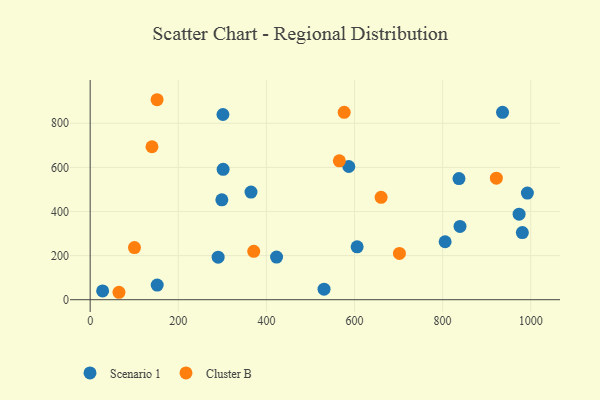
{"axis": {"x": "Price", "y": "Fuel Efficiency"}, "legend": ["Cluster B", "Scenario 1"], "data": [{"x": "290.5", "y": 192.9, "type": "Scenario 1"}, {"x": "423.1", "y": 193.2, "type": "Scenario 1"}, {"x": "587.0", "y": 604.0, "type": "Scenario 1"}, {"x": "28.3", "y": 39.8, "type": "Scenario 1"}, {"x": "301.8", "y": 591.0, "type": "Scenario 1"}, {"x": "530.9", "y": 47.8, "type": "Scenario 1"}, {"x": "298.9", "y": 452.8, "type": "Scenario 1"}, {"x": "839.5", "y": 332.4, "type": "Scenario 1"}, {"x": "152.2", "y": 66.4, "type": "Scenario 1"}, {"x": "837.1", "y": 549.2, "type": "Scenario 1"}, {"x": "992.4", "y": 483.5, "type": "Scenario 1"}, {"x": "805.7", "y": 262.8, "type": "Scenario 1"}, {"x": "301.4", "y": 839.9, "type": "Scenario 1"}, {"x": "981.0", "y": 304.6, "type": "Scenario 1"}, {"x": "365.1", "y": 488.0, "type": "Scenario 1"}, {"x": "973.6", "y": 387.7, "type": "Scenario 1"}, {"x": "936.0", "y": 849.7, "type": "Scenario 1"}, {"x": "606.0", "y": 239.6, "type": "Scenario 1"}, {"x": "565.6", "y": 629.6, "type": "Cluster B"}, {"x": "65.4", "y": 33.7, "type": "Cluster B"}, {"x": "660.4", "y": 464.4, "type": "Cluster B"}, {"x": "100.6", "y": 236.3, "type": "Cluster B"}, {"x": "151.9", "y": 906.8, "type": "Cluster B"}, {"x": "702.0", "y": 210.0, "type": "Cluster B"}, {"x": "140.3", "y": 693.5, "type": "Cluster B"}, {"x": "922.0", "y": 551.1, "type": "Cluster B"}, {"x": "576.6", "y": 849.5, "type": "Cluster B"}, {"x": "371.3", "y": 219.4, "type": "Cluster B"}]}